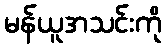
မန်ယူအသင်းကို